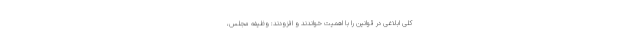
کلیِ ابلاغی در قوانین را با اهمیت خواندند و افزودند: وظیفه مجلس،